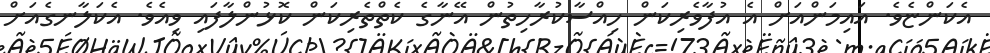
އެކަންޏެވެ. އައިމަންއަށް އެ އުފާވެރިކަން ހިއްސާކުރާހިތުން އޭނާގެ ކެތްތެރިކަން ކޮޅުންލާފައި ވިއެވެ. އެކަލާނގެއަށް